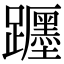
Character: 𨇠